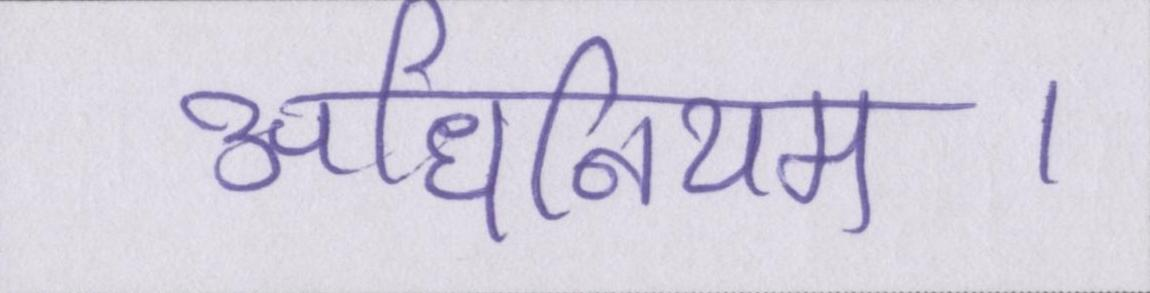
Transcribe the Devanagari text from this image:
अधिनियम।